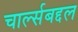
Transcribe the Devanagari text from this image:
चार्ल्सबद्दल